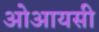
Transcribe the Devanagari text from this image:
ओआयसी